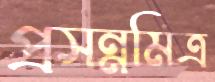
প্রসন্নমিত্র